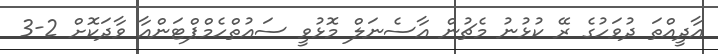
އާދީއްތަ ދުވަހުގެ ރޭ ކުޅުނު މެޗުން އާސެނަލް މޮޅުވީ ސައުތްހެމްޕްޓަންއާ ވާދަކޮށް 2-3